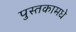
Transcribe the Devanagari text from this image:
पुस्तकामधे